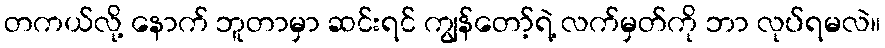
တကယ်လို့ နောက် ဘူတာမှာ ဆင်းရင် ကျွန်တော့်ရဲ့ လက်မှတ်ကို ဘာ လုပ်ရမလဲ။